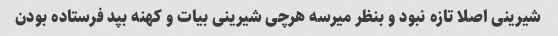
شیرینی اصلا تازه نبود و بنظر میرسه هرچی شیرینی بیات و کهنه بپد فرستاده بودن